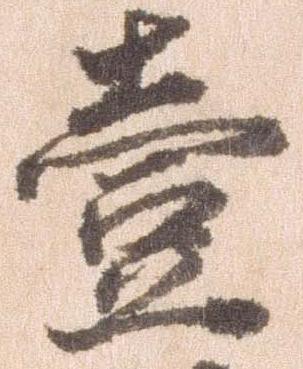
壱